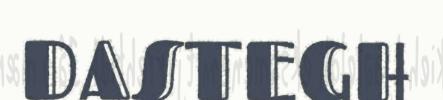
DASTEGH